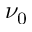
\nu _ { 0 }